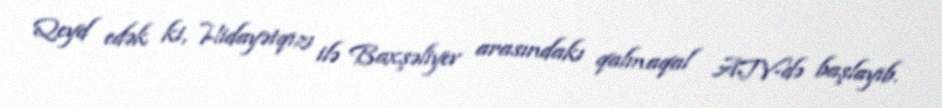
Qeyd edək ki, Hidayətqızı ilə Baxşəliyev arasındakı qalmaqal ATV-də başlayıb.